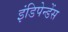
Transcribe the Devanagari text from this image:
इंडिपेन्डेंस